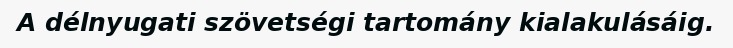
A délnyugati szövetségi tartomány kialakulásáig.